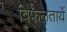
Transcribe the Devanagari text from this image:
विफलतायें